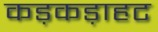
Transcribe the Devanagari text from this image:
कड़कड़ाहट